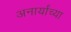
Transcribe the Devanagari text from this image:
अनार्यांच्या